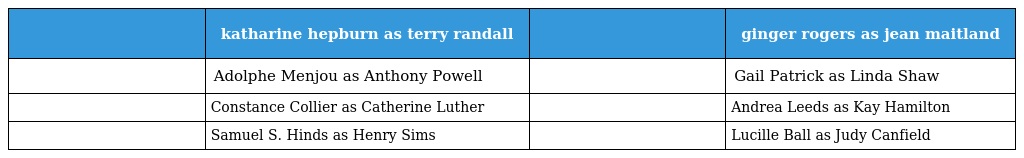
|  | katharine hepburn as terry randall |  | ginger rogers as jean maitland |
 | --- | --- | --- | --- |
 |  | Adolphe Menjou as Anthony Powell |  | Gail Patrick as Linda Shaw |
 |  | Constance Collier as Catherine Luther |  | Andrea Leeds as Kay Hamilton |
 |  | Samuel S. Hinds as Henry Sims |  | Lucille Ball as Judy Canfield |